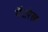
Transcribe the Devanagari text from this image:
मॅटरेल